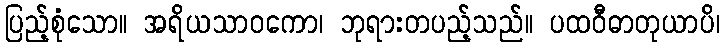
ပြည့်စုံသော။ အရိယသာဝကော၊ ဘုရားတပည့်သည်။ ပထဝီဓာတုယာပိ၊